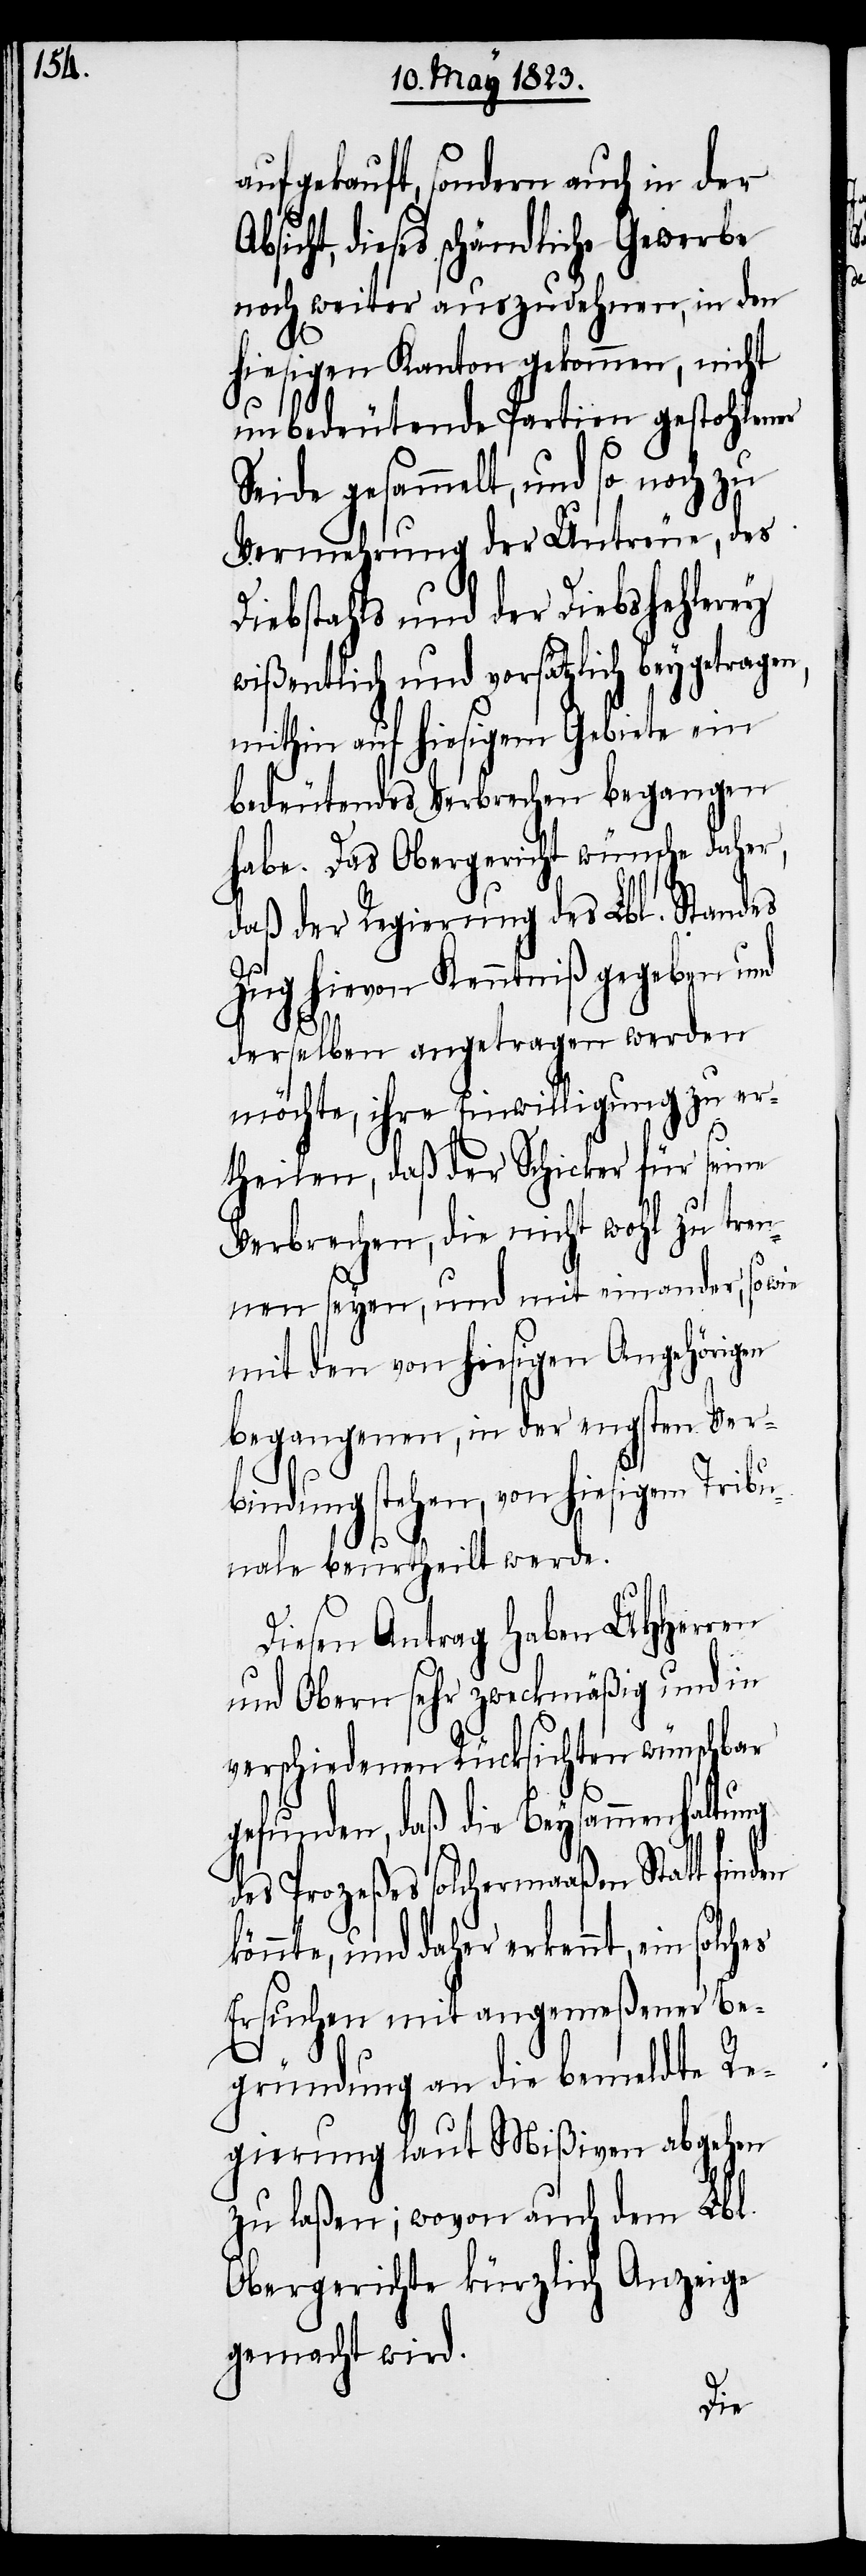
aufgekauft, sondern auch in der
dieses schändliche Gewerbe
noch weiter auszudehnen, in den
hiesigen Kanton gekommen, nicht
unbedeutende Partien gestohlener
Seide gesammelt, und so noch zu
Vermehrung der Untreue, des
Diebstahls und der Diebshehlerey
wißentlich und vorsätzlich beygetragen,
mithin auf hiesigem Gebiete ein
bedeutendes Verbrechen begangen
habe. Das Obergericht wünsche daher,
daß der Regierung des Lbl. Standes
Zug hievon Kenntniß gegeben und
derselben angetragen werden
möchte, ihre Einwilligung zu er¬
theilen, daß der Schicker für seine
Verbrechen, die nicht wohl zu tren¬
nen seyen, und mit einander, so wie
mit den von hiesigen Angehörigen
begangenen, in der engsten Ver¬
bindung stehen, von hiesigem Tribu¬
nale beurtheilt werde.
Diesen Antrag haben UHHerren
und Obern sehr zweckmäßig und in
verschiedenen Rücksichten wünschbar
gefunden, daß die Beysammenhaltung
des Prozeßes solchermaaßen Statt finden
könnte, und daher erkennt, ein
Ersuchen mit angemeßener Be¬
gründung an die bemeldte Re¬
gierung laut Mißiven abgehen
zu laßen; wovon auch dem Lbl.
Obergerichte kürzlich Anzeige
gemacht wird.